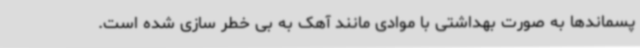
پسماندها به صورت بهداشتی با موادی مانند آهک به بی خطر سازی شده است.